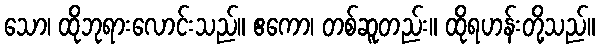
သော၊ ထိုဘုရားလောင်းသည်။ ဧကော၊ တစ်ဆူတည်း။ ထိုရဟန်းတို့သည်။